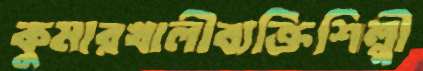
কুমারখালীব্যক্তিশিল্পী